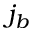
j _ { b }